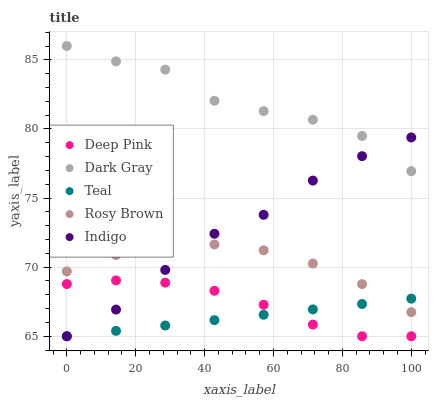
| xaxis_label | Deep Pink | Dark Gray | Teal | Rosy Brown | Indigo |
 | --- | --- | --- | --- | --- | --- |
 | 0 | 68.8 | 86 | 65 | 69.7 | 65 |
 | 14.3 | 69 | 84.9 | 65.4 | 70.9 | 66.9 |
 | 28.6 | 68.9 | 84.3 | 65.8 | 71.5 | 69.8 |
 | 42.9 | 68.3 | 82 | 66.2 | 71.6 | 72.4 |
 | 57.1 | 67.3 | 81.3 | 66.6 | 71.2 | 73.8 |
 | 71.4 | 65.8 | 80.7 | 66.9 | 70.3 | 76.3 |
 | 85.7 | 65 | 79.5 | 67.3 | 68.8 | 78 |
 | 100 | 65 | 76.9 | 67.7 | 66.7 | 79.4 |